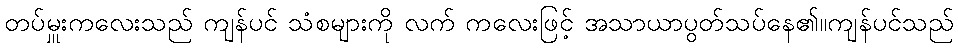
တပ်မှူးကလေးသည် ကျန်ပင် သံစများကို လက် ကလေးဖြင့် အသာယာပွတ်သပ်နေ၏။ကျန်ပင်သည်